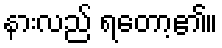
နားလည် ရတော့၏။